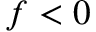
f < 0